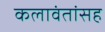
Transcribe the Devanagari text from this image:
कलावंतांसह